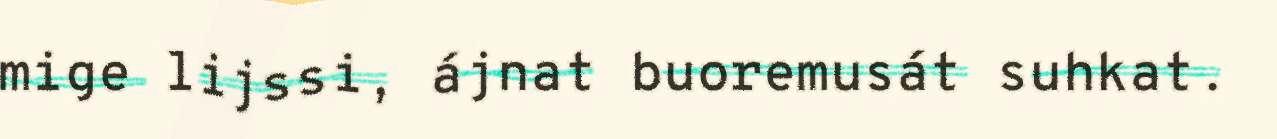
mige lijssi, ájnat buoremusát suhkat.